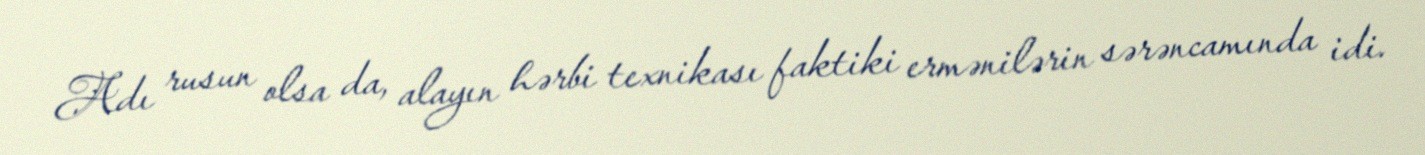
Adı rusun olsa da, alayın hərbi texnikası faktiki ermənilərin sərəncamında idi.